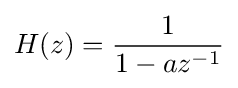
H(z)={\frac {1}{1-az^{-1}}}